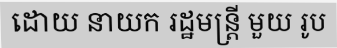
ដោយ នាយក រដ្ឋមន្ត្រី មួយ រូប